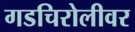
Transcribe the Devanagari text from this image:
गडचिरोलीवर